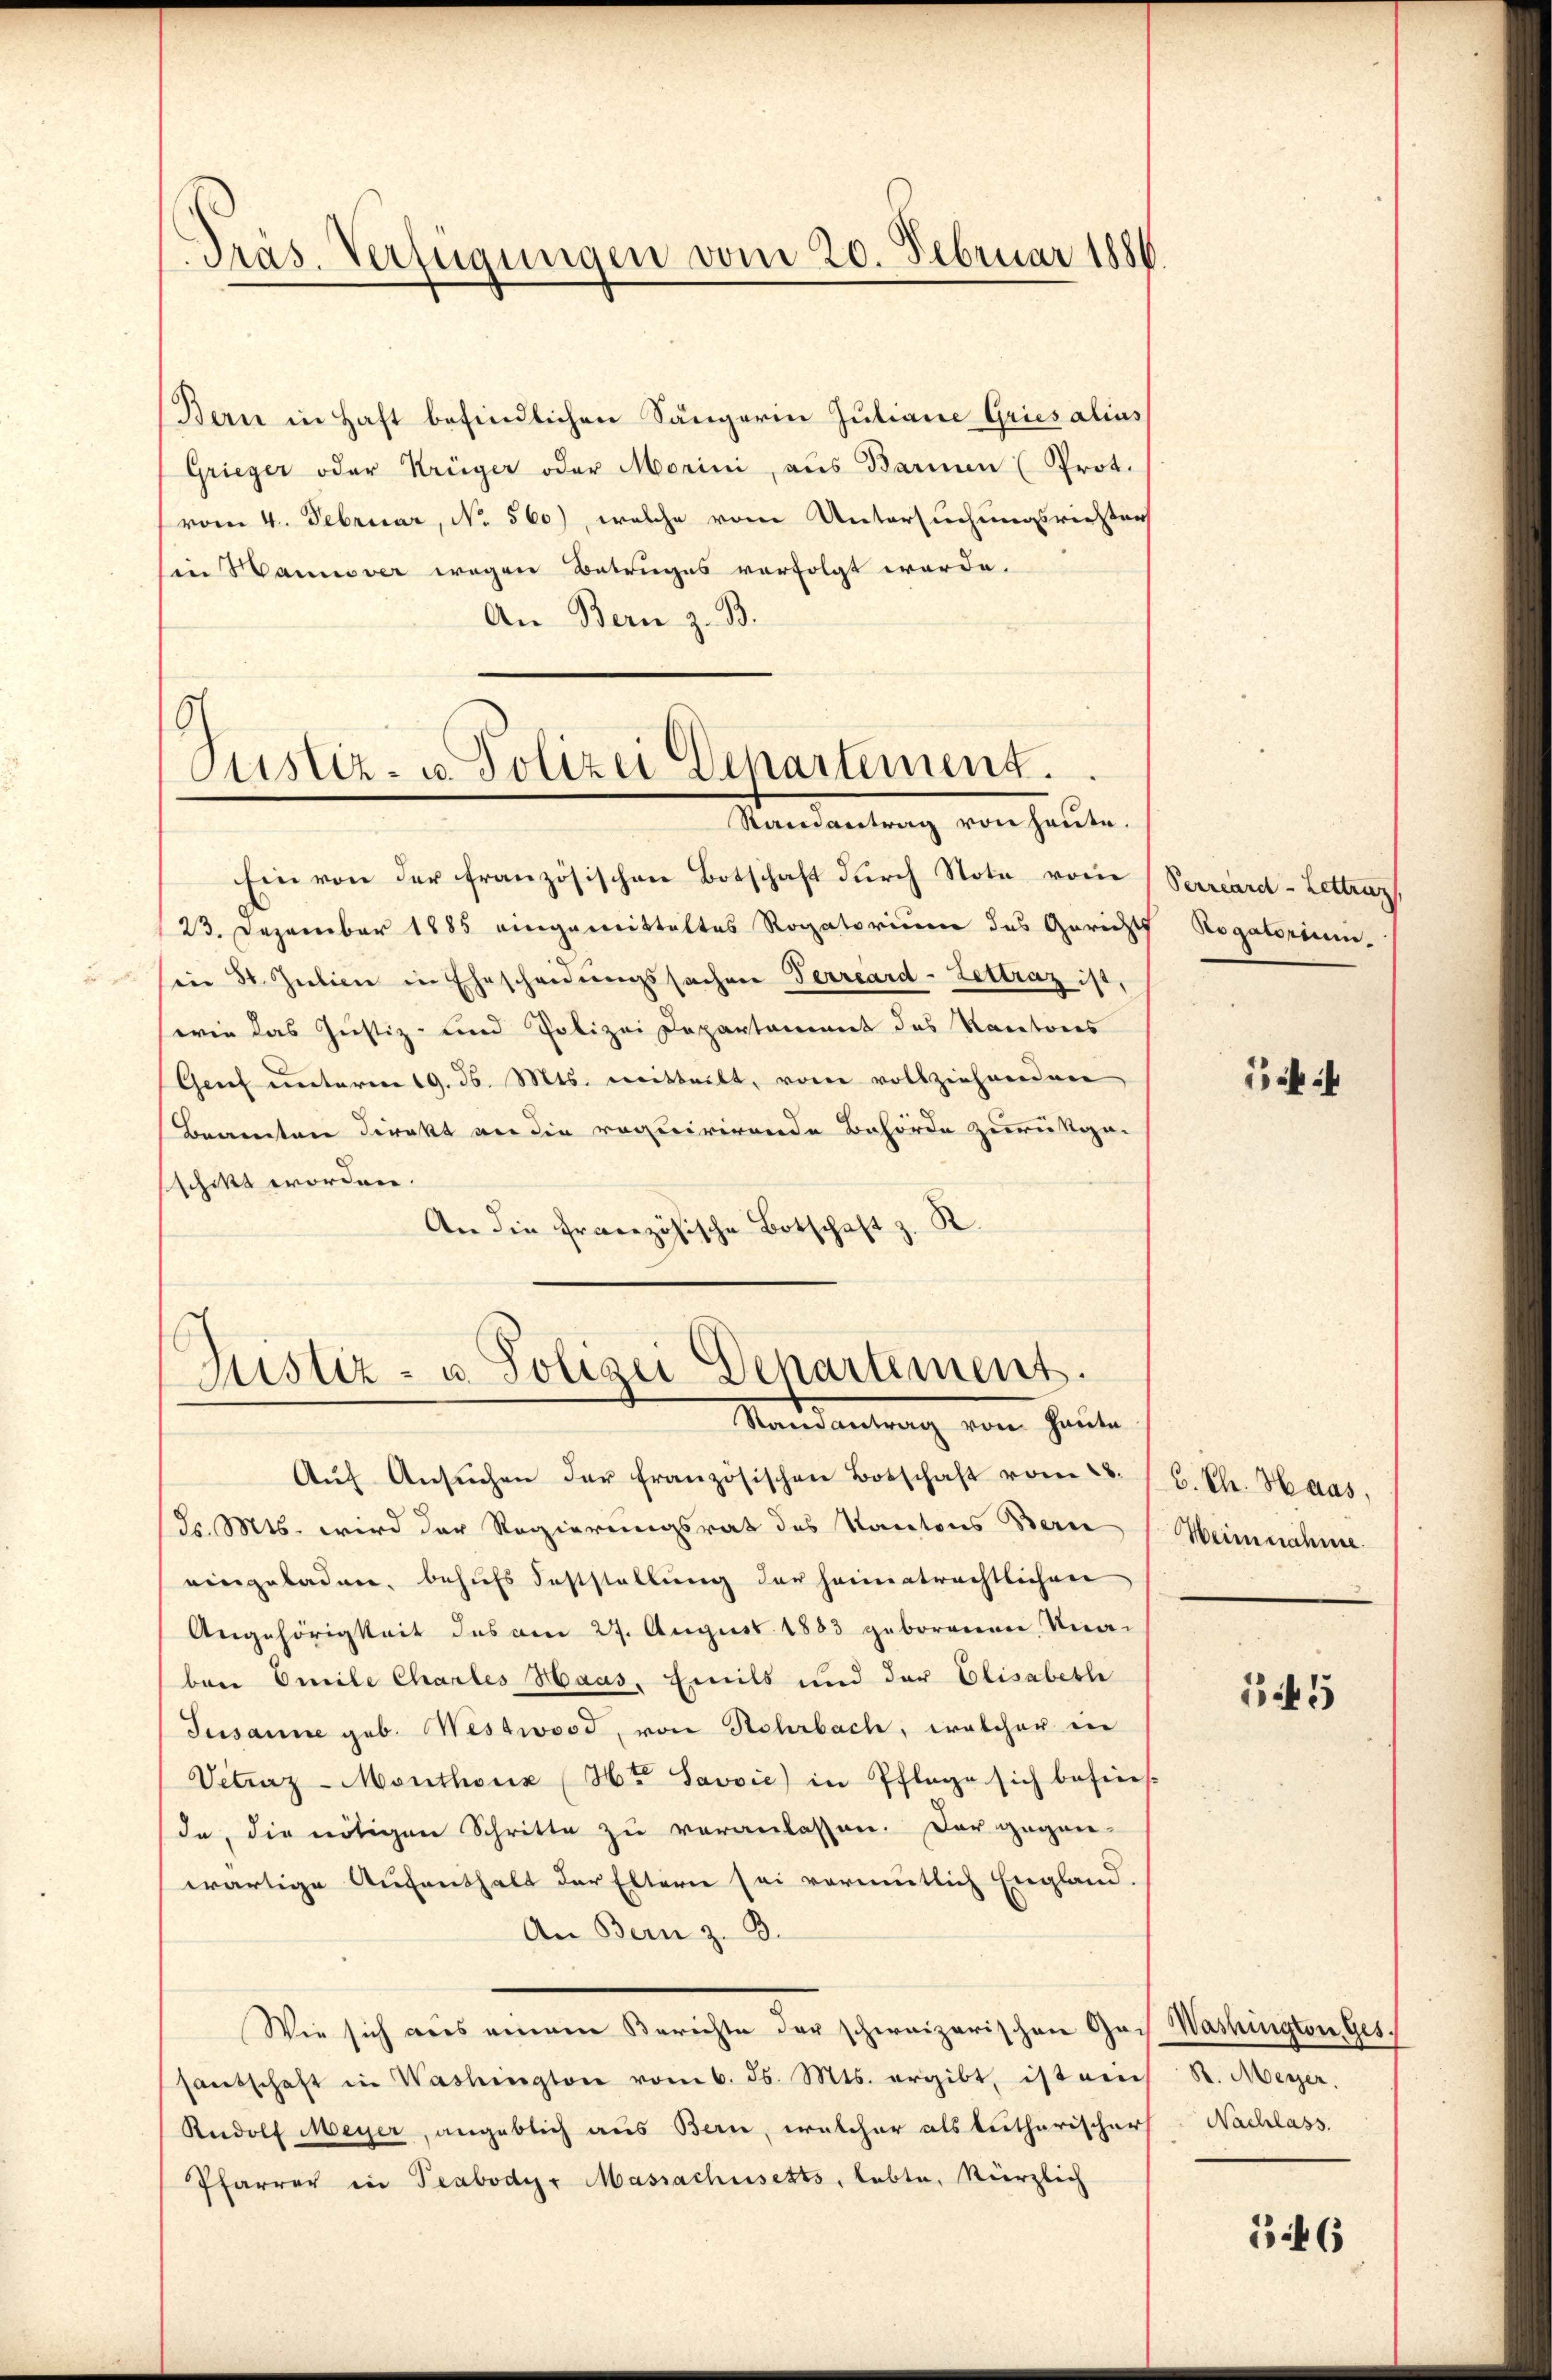
Präs. Verfügungen vom 20. Februar 1886

Bern in Haft befindlichen Sängerin Juliane Gries alius
Grieger oder Krüger oder Morini, aus Barmen (Prot.
vom 4. Februar, No. 560), welche vom Untersuchungsrichter
in Wannover wegen Betruges verfolgt werde.
An Bern z. B.

Custiz- u. Polizei Departement.
Samantrag von heute.

Ein von der französischen Botschaft durch Note vom Verrard-Lettrag,
23. Dezember 1885 eingemitteltes Rogatorium des Gerichts
sein 30. Julien in Ehescheidungssachen Terrard-Lettrag ist,
(wie das Justiz- und Polizei Departament das Rectores
(Genf unterm 19. d. Mts. mitteilt, von vollziehenden
Beamten direkt an die requirirende Behörde zurückge-
schikt worden.
An die Französische Botschaft z. R.

Justiz- u. Polizei Departement.
Mandantung von Heute

Aŭf Ansŭchen der französischen Botschaft vom 28.
dr. Mts. wird der Regierungsrat des Kantons Berne
eingeladen, behufs Feststellung der heimatrechtlichen
Angehörigkeit des am 27. August 1883 geborenen Knabene Emile Chartes Haas, Emils und der Elisabethe
Jusanne geb. Westwood, von Rehrbach, welcher in
Vetraz-Monthonz (Hr. Savvić) in Pflege sich befins-
da, die nötigen Schritte zu veranlassen. Der gegen-
wärtige Aufenthalt der Eltern sei vormutlich England.
An Bern z. B.
Wie sich aus einem Berichte der schweizerischen Gach Washington Ges.
fantschaft in Washington vom 6. ds. Mts. ergibt, ist ein
Rudolf Meyer, angeblich aus Bern, welcher als Lutherischer Nachlass.
Pfarrer in Teabodyr Massachusetts, lebte, kürzlich

Rogatorium.

C. Ch. Haas.
Weinnahme.

645

R. Meyer,

146